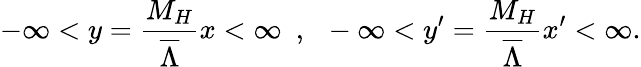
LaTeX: -\infty<y={\frac{M_{H}}{\overline{{{\Lambda}}}}}x<\infty~~,~~-\infty<y^{\prime}={\frac{M_{H}}{\overline{{{\Lambda}}}}}x^{\prime}<\infty.